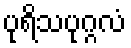
ပုရိသပုဂ္ဂလံ